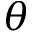
\theta